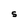
Character: S